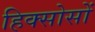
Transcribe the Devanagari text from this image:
हिक्सोसों